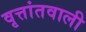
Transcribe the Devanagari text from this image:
वृत्तांतवाली